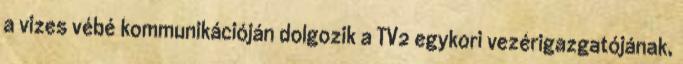
a vizes vébé kommunikációján dolgozik a TV2 egykori vezérigazgatójának,